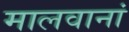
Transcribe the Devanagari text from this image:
मालवानां